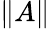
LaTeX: \| A\|